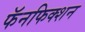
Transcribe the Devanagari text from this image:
फॅनफिक्शन